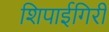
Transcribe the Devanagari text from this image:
शिपाईगिरी